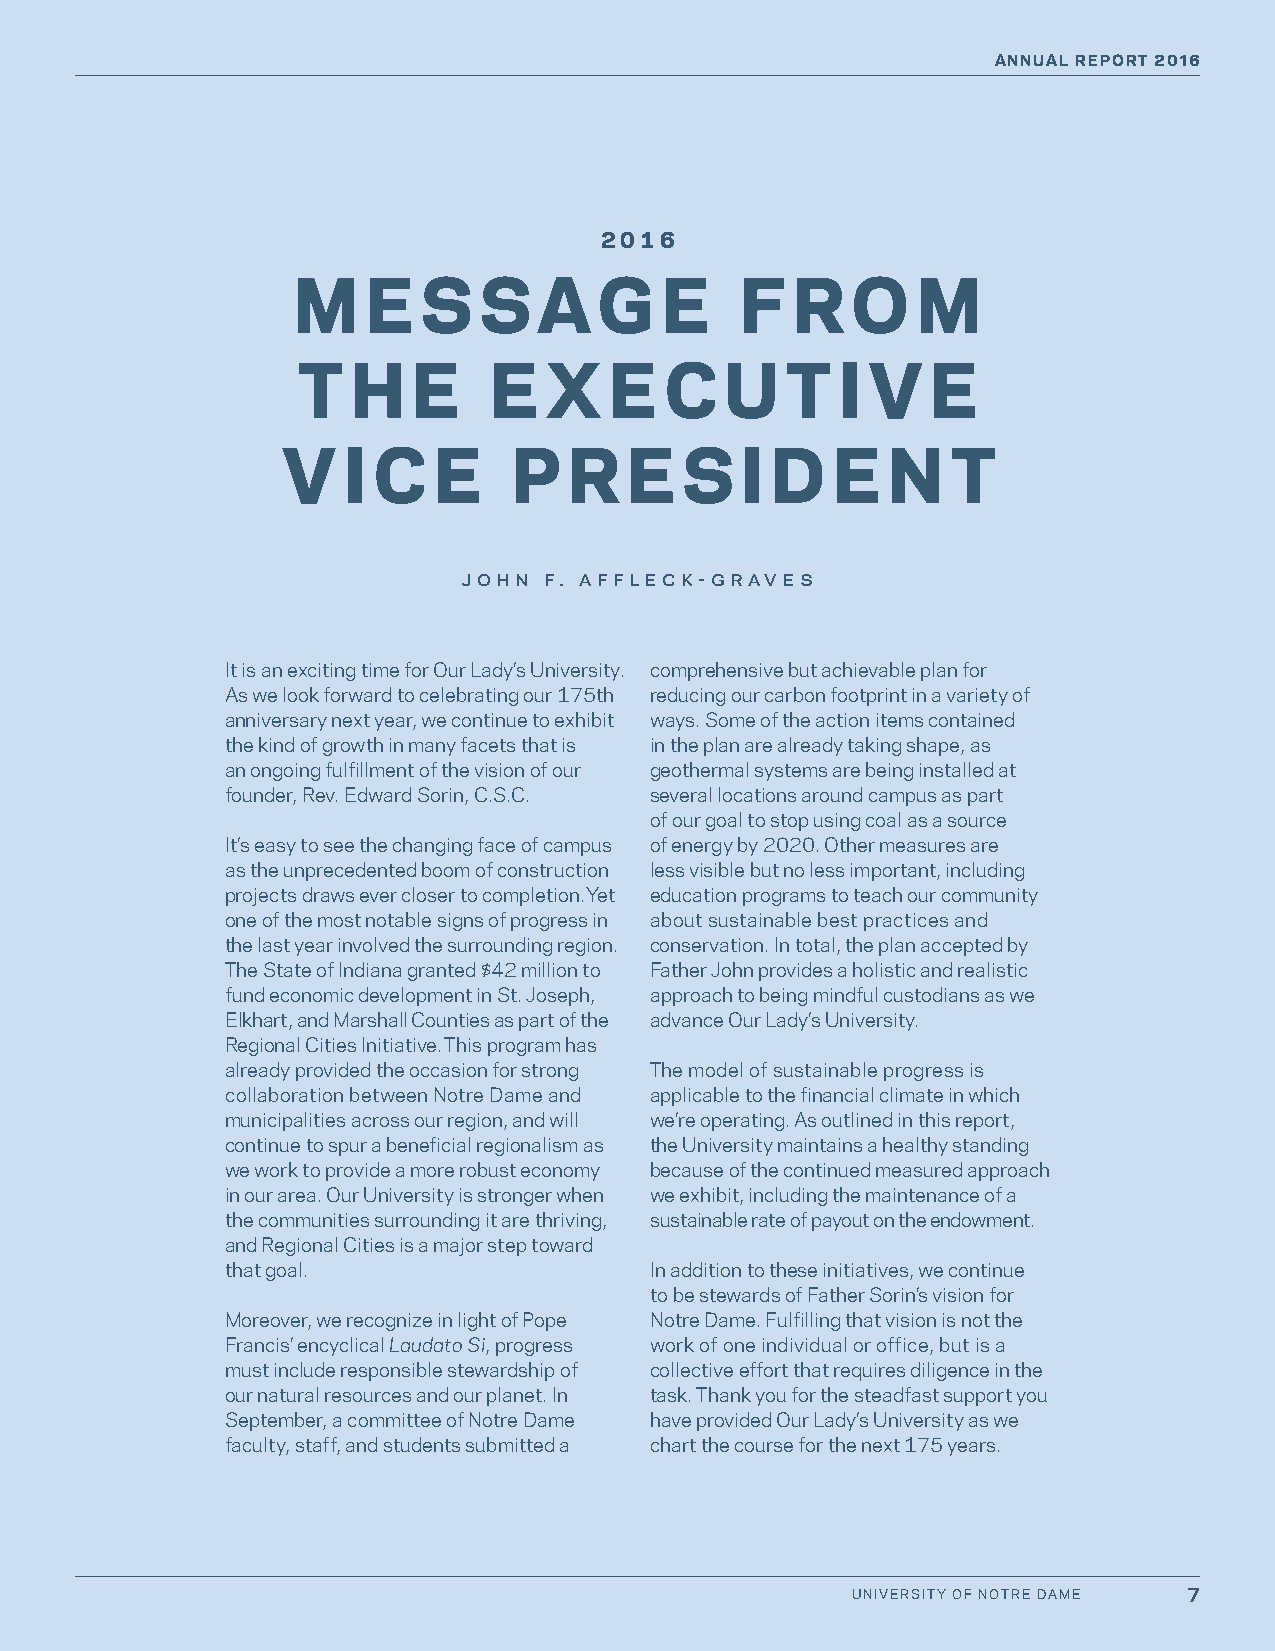
ANNUAL REPORT 2016
 2016
 M    E   S   S   A   G   E    F  R   O    M
 T  H   E    E   X   E   C   U   T   I V   E
 V   I C   E    P   R   E  S   I D   E   N   T
 john f. affleck-graves
 It is an exciting time for Our Lady’s University. comprehensive but achievable plan for
 As we look forward to celebrating our 175th reducing our carbon footprint in a variety of
 anniversary next year, we continue to exhibit ways. Some of the action items contained
 the kind of growth in many facets that is in the plan are already taking shape, as
 an ongoing fulfillment of the vision of our geothermal systems are being installed at
 founder, Rev. Edward Sorin, C.S.C. several locations around campus as part
 of our goal to stop using coal as a source
 It’s easy to see the changing face of campus of energy by 2020. Other measures are
 as the unprecedented boom of construction less visible but no less important, including
 projects draws ever closer to completion. Yet education programs to teach our community
 one of the most notable signs of progress in about sustainable best practices and
 the last year involved the surrounding region. conservation. In total, the plan accepted by
 The State of Indiana granted $42 million to Father John provides a holistic and realistic
 fund economic development in St. Joseph, approach to being mindful custodians as we
 Elkhart, and Marshall Counties as part of the advance Our Lady’s University.
 Regional Cities Initiative. This program has
 already provided the occasion for strong The model of sustainable progress is
 collaboration between Notre Dame and applicable to the financial climate in which
 municipalities across our region, and will we’re operating. As outlined in this report,
 continue to spur a beneficial regionalism as the University maintains a healthy standing
 we work to provide a more robust economy because of the continued measured approach
 in our area. Our University is stronger when we exhibit, including the maintenance of a
 the communities surrounding it are thriving, sustainable rate of payout on the endowment.
 and Regional Cities is a major step toward
 that goal.                  In addition to these initiatives, we continue
 to be stewards of Father Sorin’s vision for
 Moreover, we recognize in light of Pope Notre Dame. Fulfilling that vision is not the
 Francis’ encyclical Laudato Si, progress work of one individual or office, but is a
 must include responsible stewardship of collective effort that requires diligence in the
 our natural resources and our planet. In task. Thank you for the steadfast support you
 September, a committee of Notre Dame have provided Our Lady’s University as we
 faculty, staff, and students submitted a chart the course for the next 175 years.
 UNIVERSITY OF NOTRE DAME 7